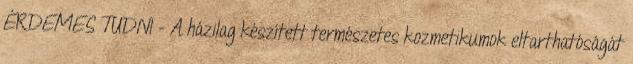
ÉRDEMES TUDNI - A házilag készített természetes kozmetikumok eltarthatóságát